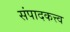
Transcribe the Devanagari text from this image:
संपादकत्त्व